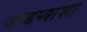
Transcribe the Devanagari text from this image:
जोडप्यांशी